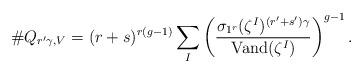
LaTeX: \begin{align*}\# Q_{r'\gamma,V} = (r+s)^{r(g-1)} \sum_I \left( \frac{\sigma_{1^r}(\zeta^I)^{(r'+s')\gamma}}{\mathrm{Vand}(\zeta^I)}\right)^{g-1}.\end{align*}